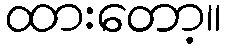
ထားတော့။